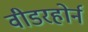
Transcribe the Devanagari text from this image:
वीडरहोर्न